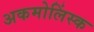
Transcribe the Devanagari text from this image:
अकमोलिंस्क